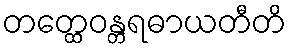
တတ္ထေဝန္တရဓာယတီတိ